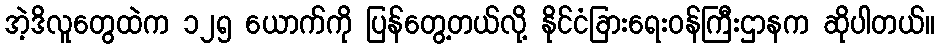
အဲ့ဒိလူတွေထဲက ၁၂၅ ယောက်ကို ပြန်တွေ့တယ်လို့ နိုင်ငံခြားရေးဝန်ကြီးဌာနက ဆိုပါတယ်။